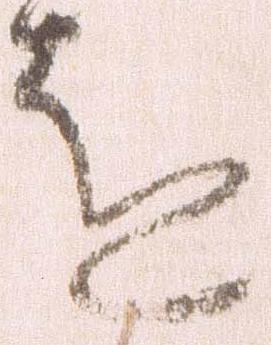
を